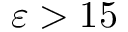
\varepsilon > 1 5